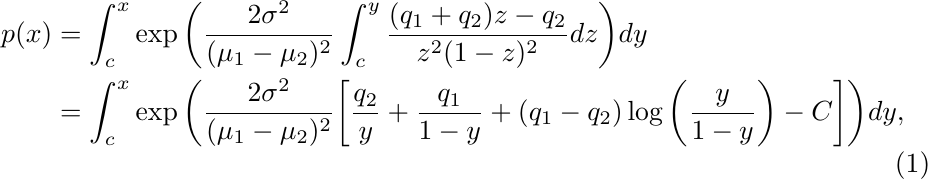
\begin{align}
\notag p(x) &= \int_c^x \exp\bigg(\frac{2\sigma^2}{(\mu_1-\mu_2)^2}\int_c^y \frac{(q_1+q_2)z-q_2}{z^2(1-z)^2} dz\bigg) dy\\
&= \int_c^x \exp\bigg(\frac{2\sigma^2}{(\mu_1-\mu_2)^2}\bigg[ \frac{q_2}{y}+\frac{q_1}{1-y}+(q_1-q_2) \log\bigg(\frac{y}{1-y}\bigg) -C \bigg] \bigg) dy,\label{p calc}
\end{align}